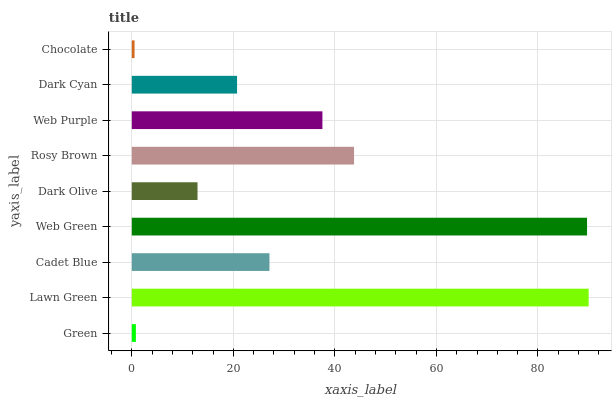
| yaxis_label | bars |
 | --- | --- |
 | Green | 0.808 |
 | Lawn Green | 90 |
 | Cadet Blue | 27.1 |
 | Web Green | 89.7 |
 | Dark Olive | 12.9 |
 | Rosy Brown | 43.8 |
 | Web Purple | 37.5 |
 | Dark Cyan | 20.7 |
 | Chocolate | 0.544 |